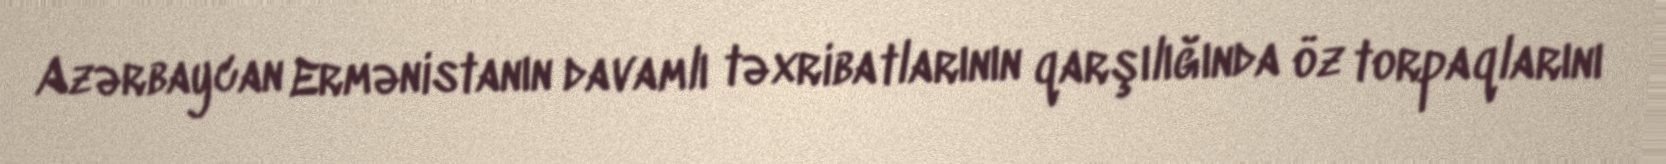
Azərbaycan Ermənistanın davamlı təxribatlarının qarşılığında öz torpaqlarını